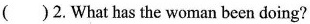
( )2.What has the woman been doing?